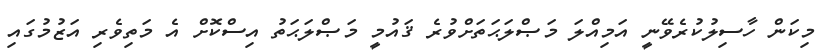
މިކަން ހާސިލުކުރެވޭނީ އަމިއްލަ މަޞްލަޙަތަށްވުރެ ޤައުމީ މަޞްލަޙަތު އިސްކޮށް އެ މަތިވެރި އަޒުމުގައި